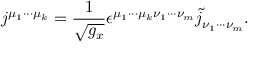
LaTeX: j ^ { \mu _ { 1 } \cdot \cdot \cdot \mu _ { k } } = \frac 1 { \sqrt { g _ { x } } } \epsilon ^ { \mu _ { 1 } \cdot \cdot \cdot \mu _ { k } \nu _ { 1 } \cdot \cdot \cdot \nu _ { m } } \tilde { j } _ { \nu _ { 1 } \cdot \cdot \cdot \nu _ { m } } .